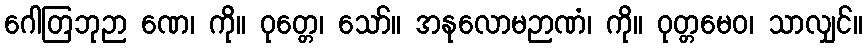
ဂေါတြဘုဉာ ဏေ၊ ကို။ ဝုတ္တေ၊ သော်။ အနုလောမဉာဏံ၊ ကို။ ဝုတ္တမေဝ၊ သာလျှင်။